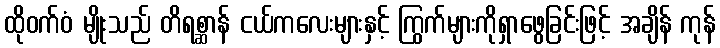
ထိုဝက်ဝံ မျိုးသည် တိရစ္ဆာန် ငယ်ကလေးများနှင့် ကြွက်များကိုရှာဖွေခြင်းဖြင့် အချိန် ကုန်